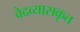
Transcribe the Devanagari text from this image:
वेदव्यासकृत